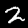
Label: 2